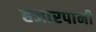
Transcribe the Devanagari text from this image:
हजारपानी